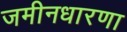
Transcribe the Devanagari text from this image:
जमीनधारणा